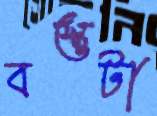
বস্তুটা